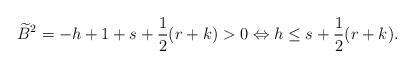
LaTeX: \begin{align*}\widetilde{B}^2=-h+1+s+\frac{1}{2}(r+k)>0 \Leftrightarrow h\leq s+ \frac{1}{2}(r+k).\end{align*}